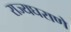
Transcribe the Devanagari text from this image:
राज्यघराणे